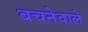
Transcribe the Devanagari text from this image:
बचनेवाले